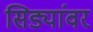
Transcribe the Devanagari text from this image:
सिड्यांवर